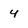
Character: 4